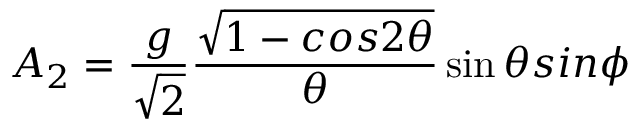
A _ { 2 } = \frac { g } { \sqrt 2 } \frac { \sqrt { 1 - c o s 2 { \theta } } } { { \theta } } \sin { \theta } s i n { \phi }